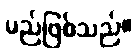
မည်ဖြစ်သည်။